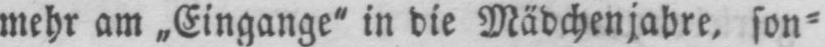
mehr am „Eingange“ in die Mädchenjahre, son⸗